Vaccine operations Central Provinces & Berar 1912-1920 - 1912-1920
Year: 1912
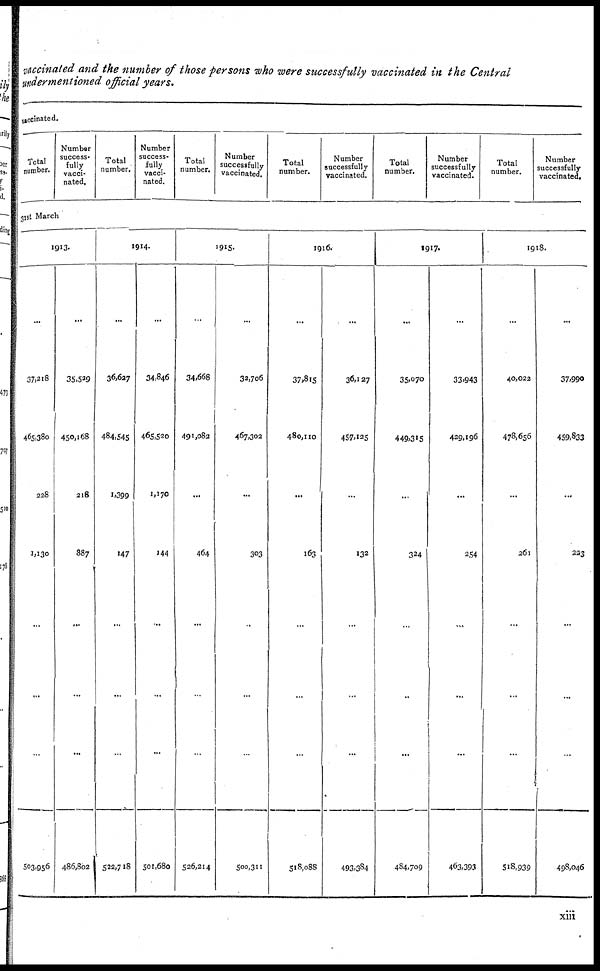
vaccinated and the number of those persons who were successfully vaccinated in the Central
under mentioned official years.
vaccinated.
Total
number.
Number
success¬
fully
vacci-
nated.
Total
number.
Number
success-
fully
vacci-
nated.
Total
number.
Number
successfully
vaccinated.
Total
number.
Number
successfully
vaccinated.
Total
number.
Number
successfully
vaccinated.
Total
number.
Number
successfully
vaccinated.
31st March
1913.
...
37,218
465,380
228
1,130
...
...
...
503,956
...
35,529
450,168
218
887
...
...
...
486,802
1914.
...
36,627
484,545
1,399
147
...
...
...
522,718
...
34,846
465,520
1,170
144
...
...
...
501,680
1915.
...
34,668
491,082
...
464
...
...
...
526,214
...
32,706
467,302
...
303
...
...
...
500,311
1916.
...
37,815
480,110
...
163
...
...
...
518,088
...
36,127
457,125
...
132
...
...
...
493,384
1917.
...
35,070
449,315
...
324
...
...
...
484,709
...
33,943
429,196
...
254
...
...
...
463,393
1918.
...
40,022
478,656
...
261
...
...
...
518,939
...
37,990
459,833
...
223
...
...
...
498,046
xiii